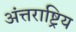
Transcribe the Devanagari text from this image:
अंत्तराष्ट्रिय